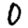
Digit: 0